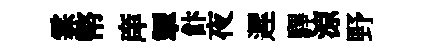
霖幣庠掣飰夜遲驆涼野